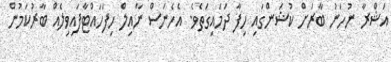
އަޝްރާ ނުހަނު ބާރަށް ކުޝަންގައި ހިފާ ދަމައިގަތެވެ. އެހެނަސް ނާއިލް ހިފަހައްޓާފައިވިލެއް ބާރުކަމުން